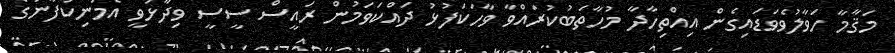
މަޤާމާ ހަވާލުވެވަޑައިގެން އިއްތިހާދާ މުހާތަބުކުރައްވާ ވާހަކަފުޅު ދައްކަވަމުން ރައީސް ސީސީ ވިދާޅުވީ އެމަނިކުފާނުގެ